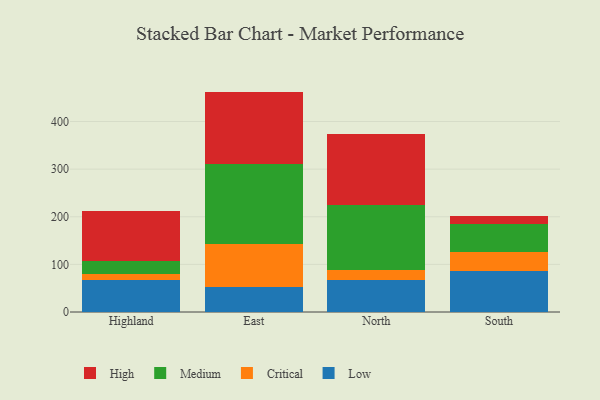
{"axis": {"x": "Region", "y": "Latency (ms)"}, "legend": ["Critical", "High", "Low", "Medium"], "data": [{"x": "Highland", "y": 66.5, "type": "Low"}, {"x": "Highland", "y": 12.4, "type": "Critical"}, {"x": "Highland", "y": 28.4, "type": "Medium"}, {"x": "Highland", "y": 105.4, "type": "High"}, {"x": "East", "y": 51.8, "type": "Low"}, {"x": "East", "y": 91.4, "type": "Critical"}, {"x": "East", "y": 168.2, "type": "Medium"}, {"x": "East", "y": 151.4, "type": "High"}, {"x": "North", "y": 67.9, "type": "Low"}, {"x": "North", "y": 19.4, "type": "Critical"}, {"x": "North", "y": 138.4, "type": "Medium"}, {"x": "North", "y": 147.7, "type": "High"}, {"x": "South", "y": 85.4, "type": "Low"}, {"x": "South", "y": 40.1, "type": "Critical"}, {"x": "South", "y": 59.1, "type": "Medium"}, {"x": "South", "y": 16.3, "type": "High"}]}